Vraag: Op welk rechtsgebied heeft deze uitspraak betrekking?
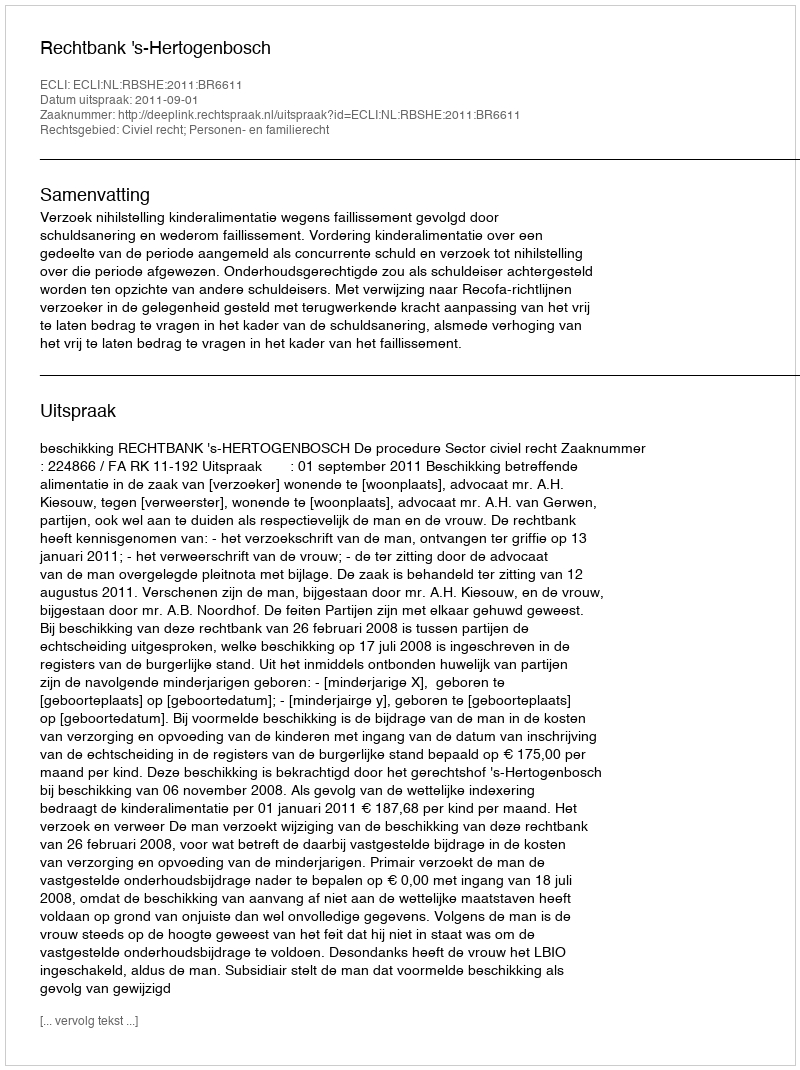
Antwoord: Civiel recht; Personen- en familierecht